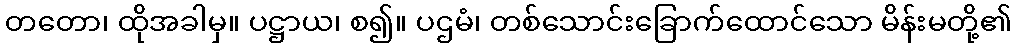
တတော၊ ထိုအခါမှ။ ပဋ္ဌာယ၊ စ၍။ ပဌမံ၊ တစ်သောင်းခြောက်ထောင်သော မိန်းမတို့၏